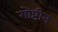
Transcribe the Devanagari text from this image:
गोष्टीन